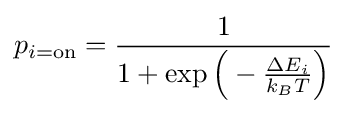
p_{i={\text{on}}}={\frac {1}{1+\exp {\Big (}-{\frac {\Delta E_{i}}{k_{B}T}}{\Big )}}}